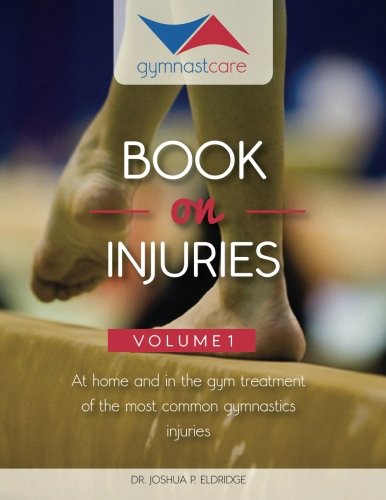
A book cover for The Gymnast Care Book on Injuries: At home and in the gym treatment of the most common gymnastics injuries; Dr. Joshua P Eldridge; Sports & Outdoors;